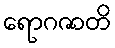
ရောဂဇာတိ